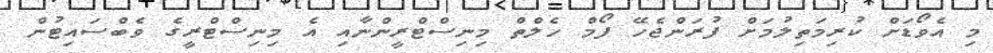
މި އެވޯޑަށް ކުރިމަތިލުމަށް ފުރަންޖެހޭ ފޯމް ހެލްތް މިނިސްޓްރީންނާއި އެ މިނިސްޓްރީގެ ވެބްސައިޓުން